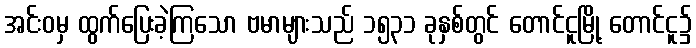
အင်းဝမှ ထွက်ပြေးခဲ့ကြသော ဗမာများသည် ၁၅၃၁ ခုနှစ်တွင် တောင်ငူမြို့ တောင်ငူ၌